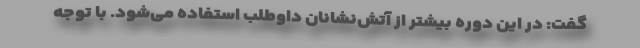
گفت: در این دوره بیشتر از آتش‌نشانان داوطلب استفاده می‌شود. با توجه